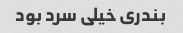
بندری خیلی سرد بود